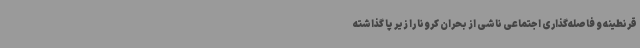
قرنطینه و فاصله‌گذاری اجتماعی ناشی از بحران کرونا را زیر پا گذاشته